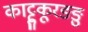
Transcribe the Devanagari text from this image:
काट्टुकूरङङु